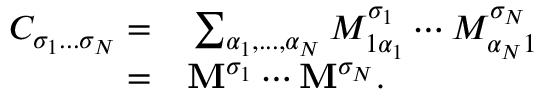
\begin{array} { r l } { C _ { \sigma _ { 1 } . . . \sigma _ { N } } = } & { { } \sum _ { \alpha _ { 1 } , . . . , \alpha _ { N } } M _ { 1 \alpha _ { 1 } } ^ { \sigma _ { 1 } } \cdots M _ { \alpha _ { N } 1 } ^ { \sigma _ { N } } } \\ { = } & { { } \mathbf { M } ^ { \sigma _ { 1 } } \cdots \mathbf { M } ^ { \sigma _ { N } } . } \end{array}